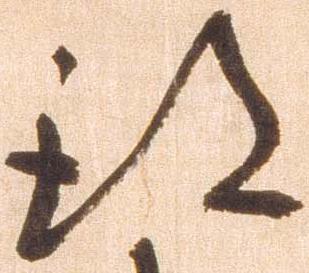
得